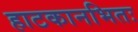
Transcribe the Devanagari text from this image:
हाटकानभितः